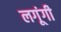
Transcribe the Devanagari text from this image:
लगूंगी